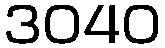
3040